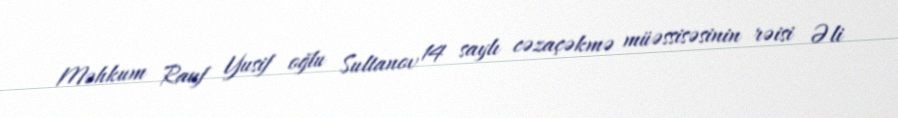
Məhkum Rauf Yusif oğlu Sultanov 14 saylı cəzaçəkmə müəssisəsinin rəisi Əli